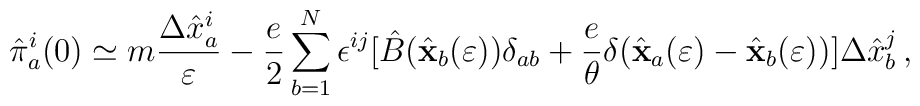
{\hat \pi}^i_a(0)\simeq m{\Delta{\hat  x}^i_a\over\varepsilon}-{e\over 2}\sum_{b=1}^N\epsilon^{ij}[{\hat B}({\hat{\bf x}}_b(\varepsilon) )\delta_{ab}+{e\over\theta}\delta({\hat{\bf x}}_a (\varepsilon)-{\hat{\bf x}}_b(\varepsilon))]\Delta{\hat  x}^j_b\,,